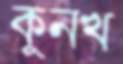
কুনখ